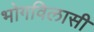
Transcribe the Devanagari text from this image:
भोगविलासी